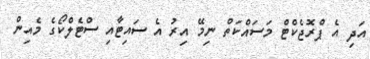
އަދި އެ ޕްރޮޖެކްޓް މަސައްކަތް ނިމޭ އިރު އެ ސައިޓާއި ސްޓެލްކޯގެ މެއިން